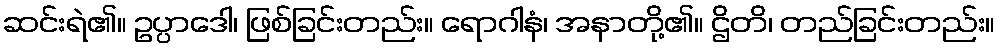
ဆင်းရဲ၏။ ဥပ္ပာဒေါ၊ ဖြစ်ခြင်းတည်း။ ရောဂါနံ၊ အနာတို့၏။ ဌိတိ၊ တည်ခြင်းတည်း။